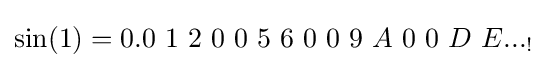
\sin(1)=0.0\ 1\ 2\ 0\ 0\ 5\ 6\ 0\ 0\ 9\ A\ 0\ 0\ D\ E..._{!}